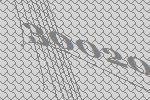
30020